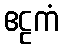
ဧဠကံ